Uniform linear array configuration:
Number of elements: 12
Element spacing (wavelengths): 0.75
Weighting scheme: exponential
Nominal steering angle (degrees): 0
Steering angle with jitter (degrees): -1.957
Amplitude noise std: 0.05
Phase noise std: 0.05

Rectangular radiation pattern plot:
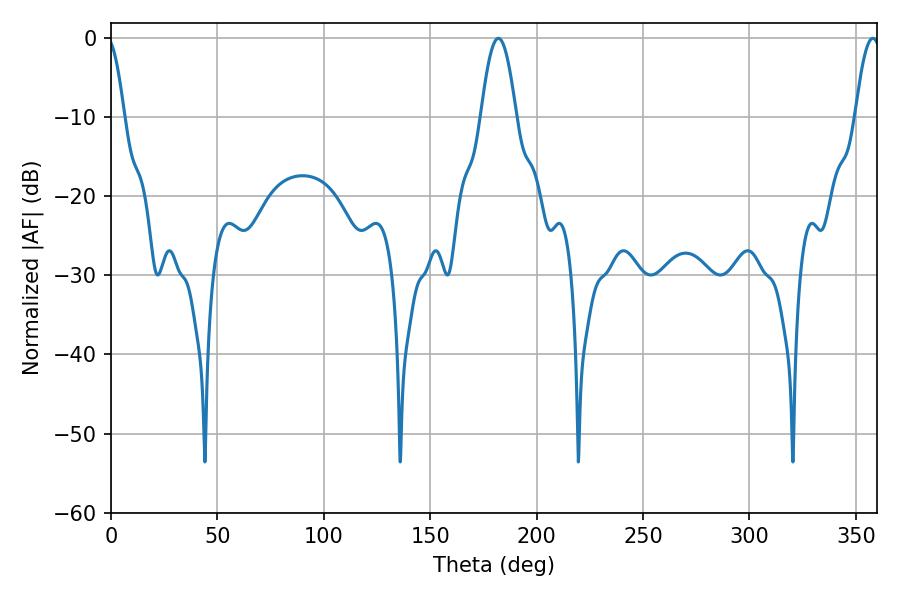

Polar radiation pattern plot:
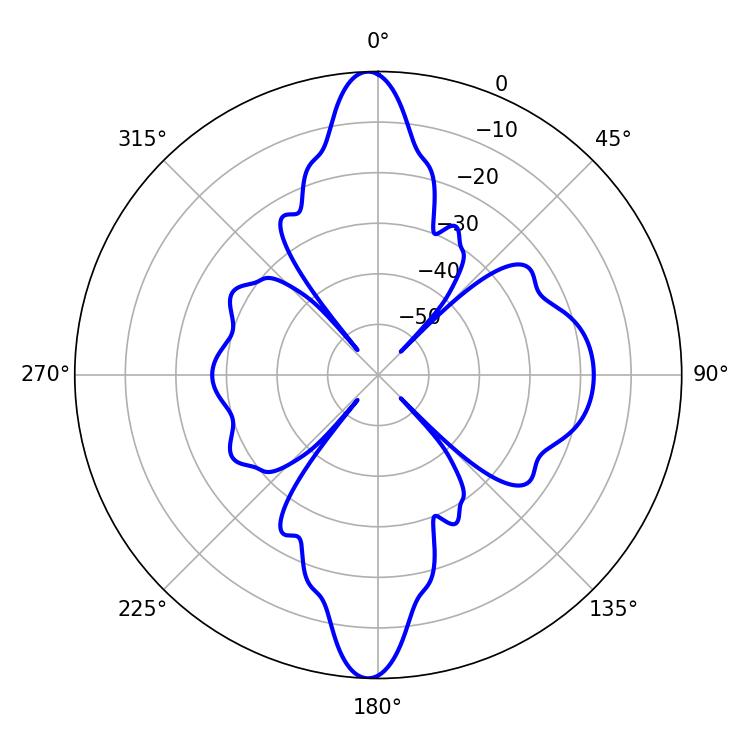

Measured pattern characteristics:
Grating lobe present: TRUE
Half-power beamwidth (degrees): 9
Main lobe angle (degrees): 181.98